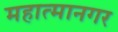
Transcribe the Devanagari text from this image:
महात्मानगर